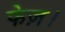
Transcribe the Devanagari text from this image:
फेज़।